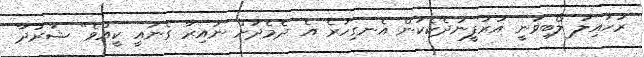
ރުހައިލު ލޯބިވަނީ އަރުފީނުދެކެކަން އެނގިހުރެ އެ ދެމެދަށް ނައިރާ ގެނައީ ކީއްވެ" ޝާރުދާ